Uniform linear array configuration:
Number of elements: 16
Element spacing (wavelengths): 0.5
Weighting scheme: exponential
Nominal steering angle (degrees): -15
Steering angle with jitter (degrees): -13.762
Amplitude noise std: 0.05
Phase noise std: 0.05

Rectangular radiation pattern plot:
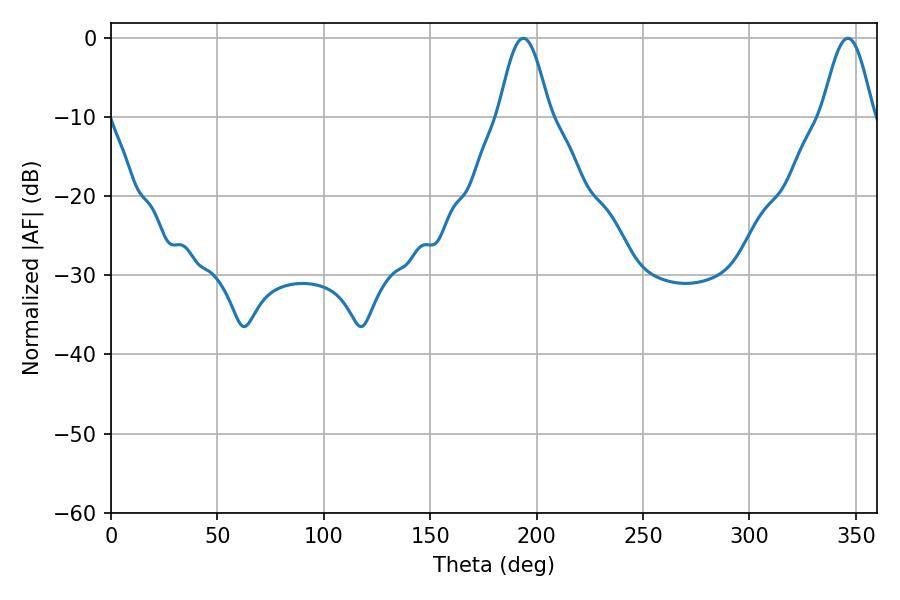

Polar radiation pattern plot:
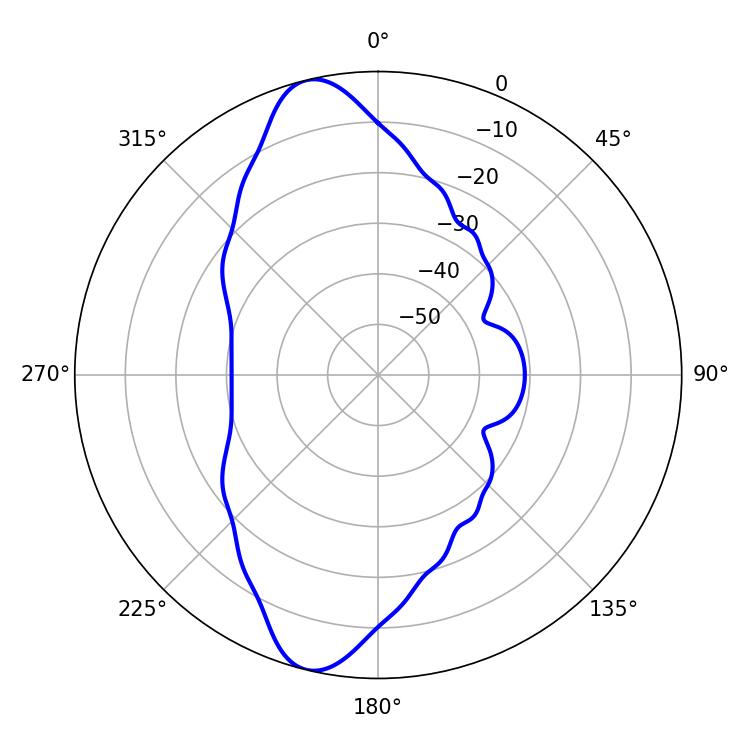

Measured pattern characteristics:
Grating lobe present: FALSE
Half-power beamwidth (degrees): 12.96
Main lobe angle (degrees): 193.68